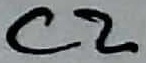
Text: C2